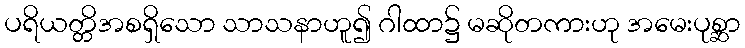
ပရိယတ္တိအစရှိသော သာသနာဟူ၍ ဂါထာ၌ မဆိုတကားဟု အမေးပုစ္ဆာ